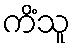
ကိံသူ